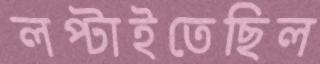
লপ্‌টাইতেছিল